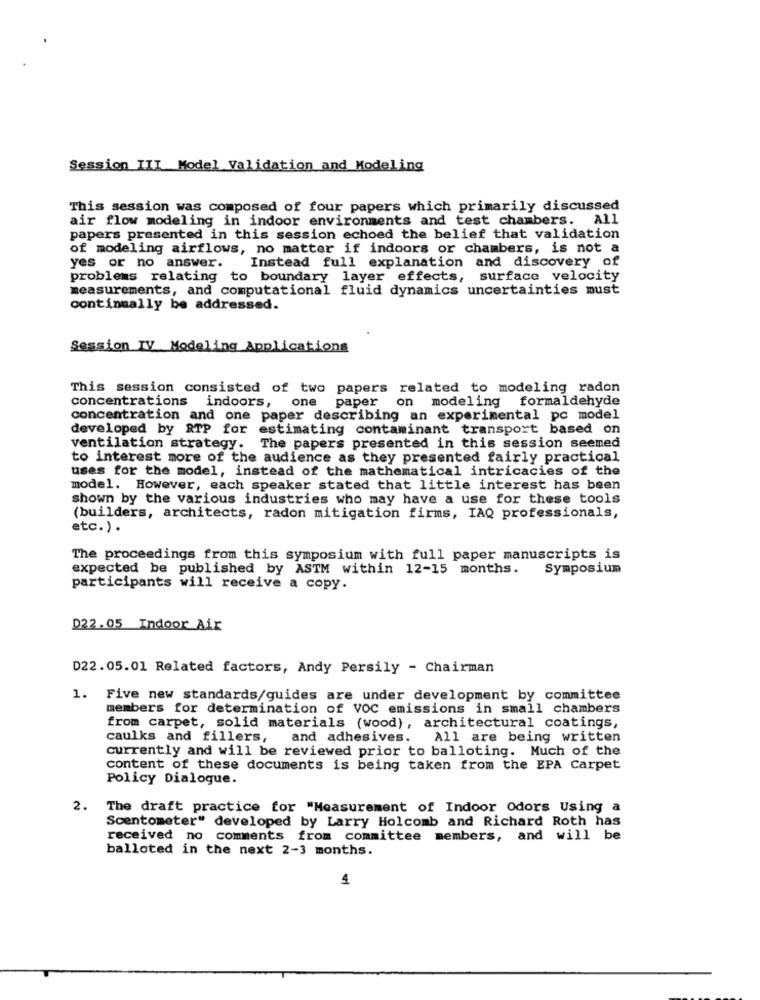
Session III Model Validation and Modeling
This session was composed of four papers which primarily discussed
air flow modeling in indoor environments and test chambers. All
papers presented in this session echoed the belief that validation
of modeling airflows, no matter if indoors or chambers, is not a
yes or no answer.
. Instead full explanation and discovery of
problems relating to boundary layer effects, surface velocity
measurements, and computational fluid dynamics uncertainties must
continually be addressed.
Session IV Modeling Applications
This session consisted of two papers related to modeling radon
concentrations indoors, one paper on modeling formaldehyde
concentration and one paper describing an experimental pc model
developed by RTP for estimating contaminant transport based on
ventilation strategy. The papers presented in this session seemed
to interest more of the audience as they presented fairly practical
uses for the model, instead of the mathematical intricacies of the
model. However, each speaker stated that little interest has been
shown by the various industries who may have a use for these tools
(builders, architects, radon mitigation firms, IAQ professionals,
etc.) .
The proceedings from this symposium with full paper manuscripts is
expected be published by ASTM within 12-15 months.
Symposium
participants will receive a copy.
D22.05 Indoor Air
D22.05.01 Related factors, Andy Persily - Chairman
1. Five new standards/guides are under development by committee
members for determination of VOC emissions in small chambers
from carpet, solid materials (wood), architectural coatings,
caulks and fillers,
and adhesives. All are being written
currently and will be reviewed prior to balloting. Much of the
content of these documents is being taken from the EPA Carpet
Policy Dialogue.
The draft practice for "Measurement of Indoor Odors Using a
Scentometer" developed by Larry Holcomb and Richard Roth has
received no comments from committee members, and will be
balloted in the next 2-3 months.
1